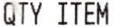
QTY ITEM